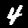
Digit: 4